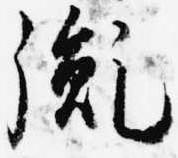
胤